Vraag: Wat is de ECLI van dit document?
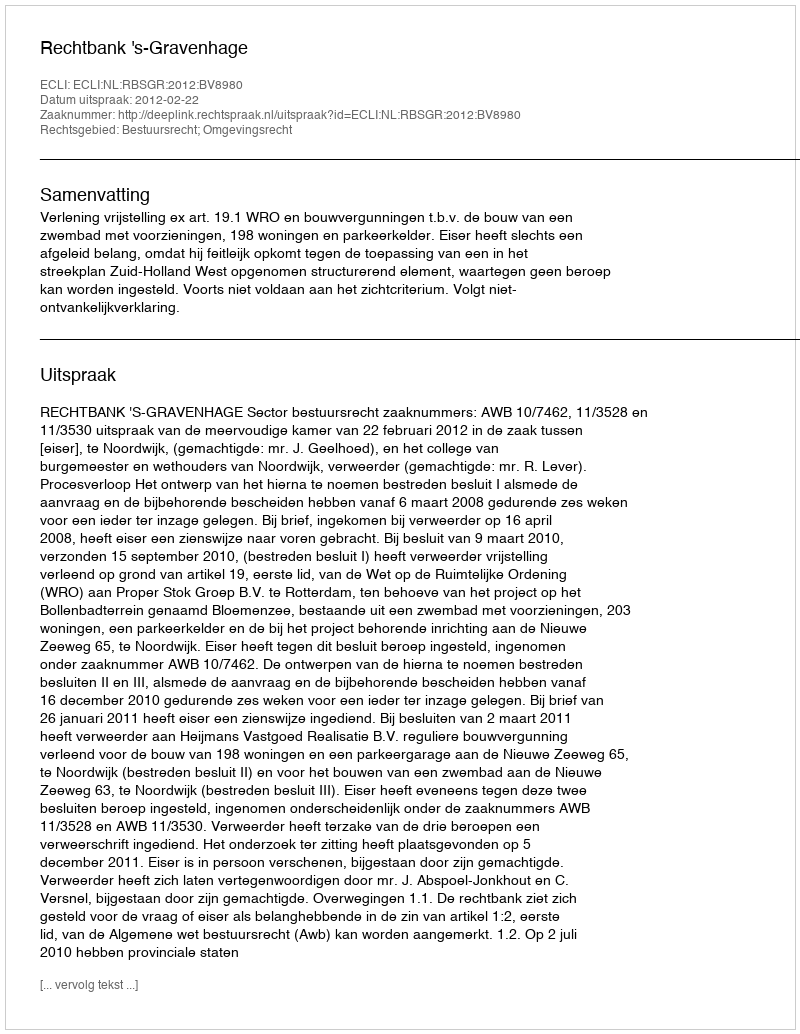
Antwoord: ECLI:NL:RBSGR:2012:BV8980